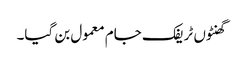
گھنٹوں ٹریفک جام معمول بن گیا۔